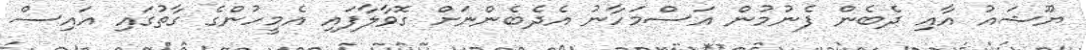
ޔޫޝައު އާއި ދެބެން ފެނުމުން އަސްމަހާނު އެދެބެންނަށް ގޮވާލާފައި އެމީހުންގެ ގާތުގައި އައިސް